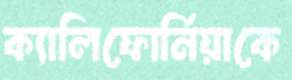
ক্যালিফোর্নিয়াকে